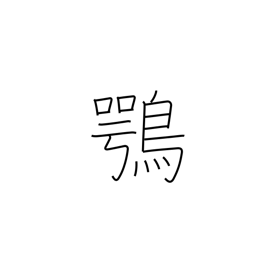
Meaning: osprey